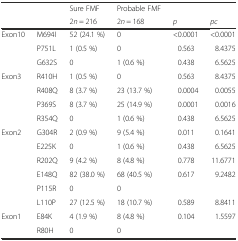
<table><thead><tr><td></td><td></td><td><b>Sure FMF</b></td><td><b>Probable FMF</b></td><td></td><td></td></tr><tr><td></td><td></td><td><b>2<i>n</i> = 216</b></td><td><b>2<i>n</i> = 168</b></td><td><b><i>p</i></b></td><td><b><i>pc</i></b></td></tr></thead><tbody><tr><td>Exon10</td><td>M694I</td><td>52 (24.1 %)</td><td>0</td><td>&lt;0.0001</td><td>&lt;0.0001</td></tr><tr><td></td><td>P751L</td><td>1 (0.5 %)</td><td>0</td><td>0.563</td><td>8.4375</td></tr><tr><td></td><td>G632S</td><td>0</td><td>1 (0.6 %)</td><td>0.438</td><td>6.5625</td></tr><tr><td>Exon3</td><td>R410H</td><td>1 (0.5 %)</td><td>0</td><td>0.563</td><td>8.4375</td></tr><tr><td></td><td>R408Q</td><td>8 (3.7 %)</td><td>23 (13.7 %)</td><td>0.0004</td><td>0.0055</td></tr><tr><td></td><td>P369S</td><td>8 (3.7 %)</td><td>25 (14.9 %)</td><td>0.0001</td><td>0.0016</td></tr><tr><td></td><td>R354Q</td><td>0</td><td>1 (0.6 %)</td><td>0.438</td><td>6.5625</td></tr><tr><td>Exon2</td><td>G304R</td><td>2 (0.9 %)</td><td>9 (5.4 %)</td><td>0.011</td><td>0.1641</td></tr><tr><td></td><td>E225K</td><td>0</td><td>1 (0.6 %)</td><td>0.438</td><td>6.5625</td></tr><tr><td></td><td>R202Q</td><td>9 (4.2 %)</td><td>8 (4.8 %)</td><td>0.778</td><td>11.6771</td></tr><tr><td></td><td>E148Q</td><td>82 (38.0 %)</td><td>68 (40.5 %)</td><td>0.617</td><td>9.2482</td></tr><tr><td></td><td>P115R</td><td>0</td><td>0</td><td></td><td></td></tr><tr><td></td><td>L110P</td><td>27 (12.5 %)</td><td>18 (10.7 %)</td><td>0.589</td><td>8.8411</td></tr><tr><td>Exon1</td><td>E84K</td><td>4 (1.9 %)</td><td>8 (4.8 %)</td><td>0.104</td><td>1.5597</td></tr><tr><td></td><td>R80H</td><td>0</td><td>0</td><td></td><td></td></tr></tbody></table>